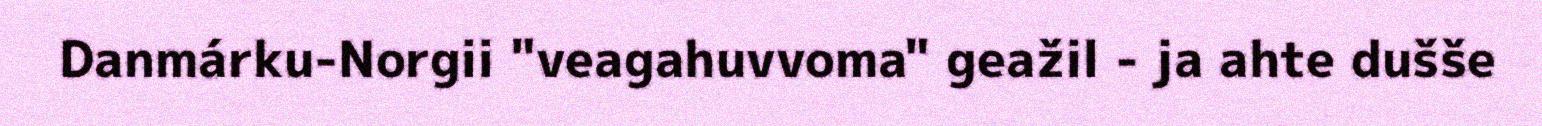
Danmárku-Norgii "veagahuvvoma" geažil - ja ahte dušše